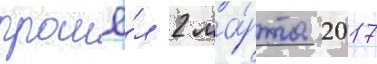
прошё́л 2 ма́рта 2017